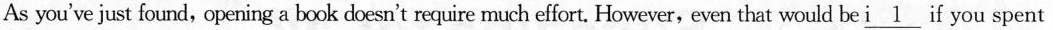
As you've just found, opening a book doesn't require much effort. However,even that would be \underline{i 1} f you spent